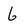
Character: 6